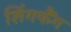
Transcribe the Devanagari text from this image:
शिंगफैंग